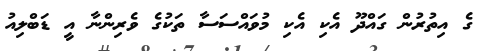
ގެ އިތުރުން ގައްދޫ އެކި އެކި މުވައްސަަސާ ތަކުގެ ވެރިންނާ އީ ޑަބްލިއު